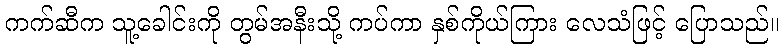
ကက်ဆီက သူ့ခေါင်းကို တွမ်အနီးသို့ ကပ်ကာ နှစ်ကိုယ်ကြား လေသံဖြင့် ပြောသည်။